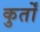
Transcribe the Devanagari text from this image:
कुर्तों